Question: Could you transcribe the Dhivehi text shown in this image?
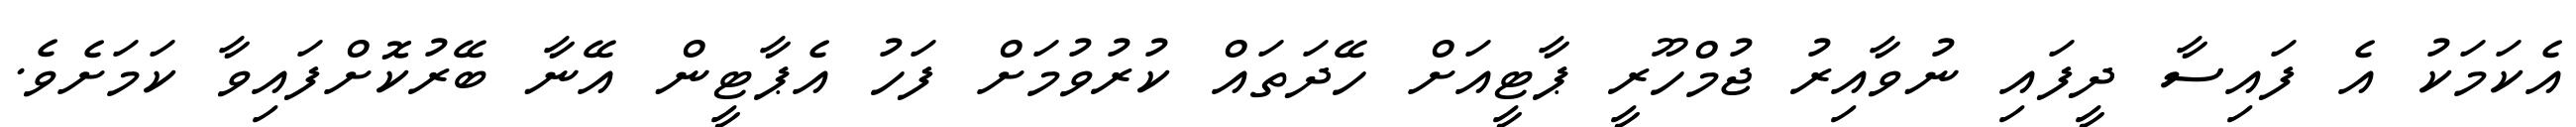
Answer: އެކަމަކު އެ ފައިސާ ދީފައި ނުވާއިރު ޖުމްހޫރީ ޕާޓީއަށް ހޭދަތައް ކުރުވުމަށް ފަހު އެޕާޓީން އޭނާ ބޭރުކޮށްފައިވާ ކަމަށެވެ.